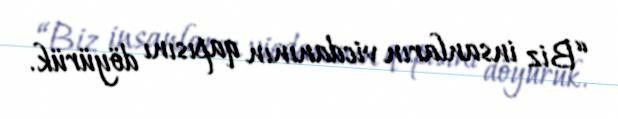
“Biz insanların vicdanının qapısını döyürük.